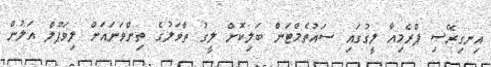
އިނގިރޭސި ޕްރެމިއާ ލީގުގައި ސައުތެމްޓަން ބަލިކޮށް ލީގު ތާވަލުގެ ތިންވަނައަށް ލިވަޕޫލް އަލުން